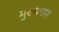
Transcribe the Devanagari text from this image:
मुख्यधार